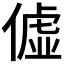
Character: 𫣞